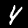
Digit: 4